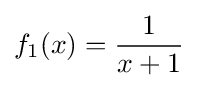
f_{1}(x)={\frac {1}{x+1}}